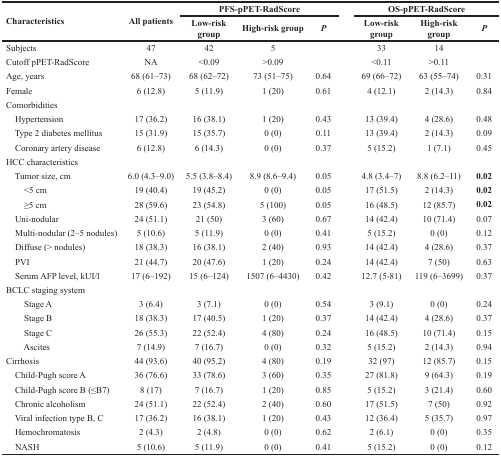
<table><thead><tr><td rowspan="2"><b>Characteristics</b></td><td rowspan="2"><b>All patients</b></td><td colspan="3"><b>PFS-pPET-RadScore</b></td><td colspan="3"><b>OS-pPET-RadScore</b></td></tr><tr><td><b>Low-risk group</b></td><td><b>High-risk group</b></td><td><b><i>P</i></b></td><td><b>Low-risk group</b></td><td><b>High-risk group</b></td><td><b><i>P</i></b></td></tr></thead><tbody><tr><td>Subjects</td><td>47</td><td>42</td><td>5</td><td></td><td>33</td><td>14</td><td></td></tr><tr><td>Cutoff pPET-RadScore</td><td>NA</td><td>&lt;0.09</td><td>&gt;0.09</td><td></td><td>&lt;0.11</td><td>&gt;0.11</td><td></td></tr><tr><td>Age, years</td><td>68 (61–73)</td><td>68 (62–72)</td><td>73 (51–75)</td><td>0.64</td><td>69 (66–72)</td><td>63 (55–74)</td><td>0.31</td></tr><tr><td>Female</td><td>6 (12.8)</td><td>5 (11.9)</td><td>1 (20)</td><td>0.61</td><td>4 (12.1)</td><td>2 (14.3)</td><td>0.84</td></tr><tr><td>Comorbidities</td><td></td><td></td><td></td><td></td><td></td><td></td><td></td></tr><tr><td> Hypertension</td><td>17 (36.2)</td><td>16 (38.1)</td><td>1 (20)</td><td>0.43</td><td>13 (39.4)</td><td>4 (28.6)</td><td>0.48</td></tr><tr><td> Type 2 diabetes mellitus</td><td>15 (31.9)</td><td>15 (35.7)</td><td>0 (0)</td><td>0.11</td><td>13 (39.4)</td><td>2 (14.3)</td><td>0.09</td></tr><tr><td> Coronary artery disease</td><td>6 (12.8)</td><td>6 (14.3)</td><td>0 (0)</td><td>0.37</td><td>5 (15.2)</td><td>1 (7.1)</td><td>0.45</td></tr><tr><td>HCC characteristics</td><td></td><td></td><td></td><td></td><td></td><td></td><td></td></tr><tr><td> Tumor size, cm</td><td>6.0 (4.3–9.0)</td><td>5.5 (3.8–8.4)</td><td>8.9 (8.6–9.4)</td><td>0.05</td><td>4.8 (3.4–7)</td><td>8.8 (6.2–11)</td><td><b>0.02</b></td></tr><tr><td>&lt;5 cm</td><td>19 (40.4)</td><td>19 (45.2)</td><td>0 (0)</td><td>0.05</td><td>17 (51.5)</td><td>2 (14.3)</td><td><b>0.02</b></td></tr><tr><td>≥5 cm</td><td>28 (59.6)</td><td>23 (54.8)</td><td>5 (100)</td><td>0.05</td><td>16 (48.5)</td><td>12 (85.7)</td><td><b>0.02</b></td></tr><tr><td> Uni-nodular</td><td>24 (51.1)</td><td>21 (50)</td><td>3 (60)</td><td>0.67</td><td>14 (42.4)</td><td>10 (71.4)</td><td>0.07</td></tr><tr><td> Multi-nodular (2–5 nodules)</td><td>5 (10.6)</td><td>5 (11.9)</td><td>0 (0)</td><td>0.41</td><td>5 (15.2)</td><td>0 (0)</td><td>0.12</td></tr><tr><td> Diffuse (&gt; nodules)</td><td>18 (38.3)</td><td>16 (38.1)</td><td>2 (40)</td><td>0.93</td><td>14 (42.4)</td><td>4 (28.6)</td><td>0.37</td></tr><tr><td> PVI</td><td>21 (44.7)</td><td>20 (47.6)</td><td>1 (20)</td><td>0.24</td><td>14 (42.4)</td><td>7 (50)</td><td>0.63</td></tr><tr><td> Serum AFP level, kUI/l</td><td>17 (6–192)</td><td>15 (6–124)</td><td>1507 (6–4430)</td><td>0.42</td><td>12.7 (5-81)</td><td>119 (6–3699)</td><td>0.37</td></tr><tr><td>BCLC staging system</td><td></td><td></td><td></td><td></td><td></td><td></td><td></td></tr><tr><td> Stage A</td><td>3 (6.4)</td><td>3 (7.1)</td><td>0 (0)</td><td>0.54</td><td>3 (9.1)</td><td>0 (0)</td><td>0.24</td></tr><tr><td> Stage B</td><td>18 (38.3)</td><td>17 (40.5)</td><td>1 (20)</td><td>0.37</td><td>14 (42.4)</td><td>4 (28.6)</td><td>0.37</td></tr><tr><td> Stage C</td><td>26 (55.3)</td><td>22 (52.4)</td><td>4 (80)</td><td>0.24</td><td>16 (48.5)</td><td>10 (71.4)</td><td>0.15</td></tr><tr><td> Ascites</td><td>7 (14.9)</td><td>7 (16.7)</td><td>0 (0)</td><td>0.32</td><td>5 (15.2)</td><td>2 (14.3)</td><td>0.94</td></tr><tr><td>Cirrhosis</td><td>44 (93.6)</td><td>40 (95.2)</td><td>4 (80)</td><td>0.19</td><td>32 (97)</td><td>12 (85.7)</td><td>0.15</td></tr><tr><td> Child-Pugh score A</td><td>36 (76.6)</td><td>33 (78.6)</td><td>3 (60)</td><td>0.35</td><td>27 (81.8)</td><td>9 (64.3)</td><td>0.19</td></tr><tr><td> Child-Pugh score B (≤B7)</td><td>8 (17)</td><td>7 (16.7)</td><td>1 (20)</td><td>0.85</td><td>5 (15.2)</td><td>3 (21.4)</td><td>0.60</td></tr><tr><td> Chronic alcoholism</td><td>24 (51.1)</td><td>22 (52.4)</td><td>2 (40)</td><td>0.60</td><td>17 (51.5)</td><td>7 (50)</td><td>0.92</td></tr><tr><td> Viral infection type B, C</td><td>17 (36.2)</td><td>16 (38.1)</td><td>1 (20)</td><td>0.43</td><td>12 (36.4)</td><td>5 (35.7)</td><td>0.97</td></tr><tr><td> Hemochromatosis</td><td>2 (4.3)</td><td>2 (4.8)</td><td>0 (0)</td><td>0.62</td><td>2 (6.1)</td><td>0 (0)</td><td>0.35</td></tr><tr><td> NASH</td><td>5 (10.6)</td><td>5 (11.9)</td><td>0 (0)</td><td>0.41</td><td>5 (15.2)</td><td>0 (0)</td><td>0.12</td></tr></tbody></table>